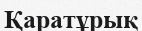
Қаратұрық